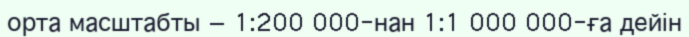
орта масштабты — 1:200 000-нан 1:1 000 000-ға дейін